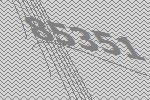
85351